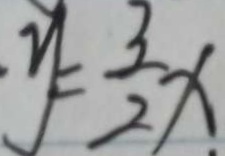
y = \frac { 3 } { 2 } x